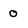
Character: 0